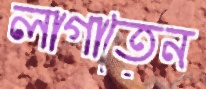
লাগাতেন